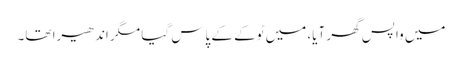
میں واپس گھر آیا، میں ٹوکے کے پاس گیا مگر اندھیرا تھا۔